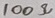
Text: 100Ω